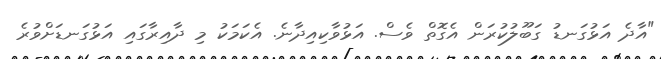
"އާދެ އަޅުގަނޑު ގަބޫލުކުރަން އެގޮތް ވެސް. އަޅުވާކިއިދާނެ. އެކަމަކު މި ދާއިރާގައި އަޅުގަނޑަށްވުރެ